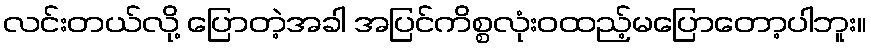
လင်းတယ်လို့ ပြောတဲ့အခါ အပြင်ကိစ္စလုံးဝထည့်မပြောတော့ပါဘူး။